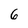
Character: 6